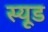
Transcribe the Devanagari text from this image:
स्यूड